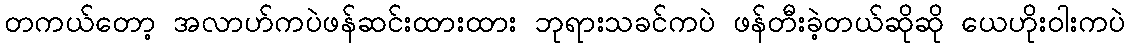
တကယ်တော့ အလာဟ်ကပဲဖန်ဆင်းထားထား ဘုရားသခင်ကပဲ ဖန်တီးခဲ့တယ်ဆိုဆို ယေဟိုးဝါးကပဲ